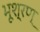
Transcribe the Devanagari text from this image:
भूश्रण्